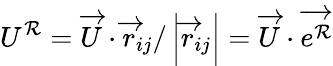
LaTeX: U^{\mathcal{R}}=\overrightarrow{{U}}\cdot\overrightarrow{{r}}_{ij}/\left|\overrightarrow{{r}}_{ij}\right|=\overrightarrow{{U}}\cdot\overrightarrow{{e^{\mathcal{R}}}}